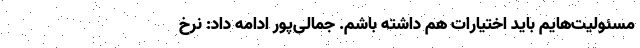
مسئولیت‌هایم باید اختیارات هم داشته باشم. جمالی‌پور ادامه داد: نرخ